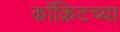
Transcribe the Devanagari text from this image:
काँक्रिटच्या